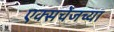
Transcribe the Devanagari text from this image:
एक्सचेंजच्या